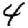
Digit: 4